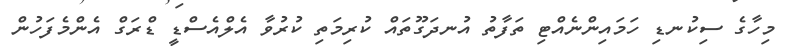
މިހާގެ ސިކުނޑި ހަމައިންނެއްޓި ތަފާތު އުނދަގޫތައް ކުރިމަތި ކުރުވާ އެލްއެސްޑީ ޑްރަގް އެންމެފަހުން